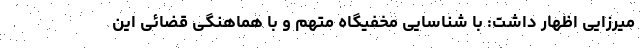
میرزایی اظهار داشت: با شناسایی مخفیگاه متهم و با هماهنگی قضائی این